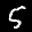
Label: 5